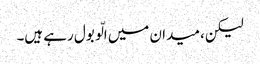
لیکن، میدان میں الّو بول رہے ہیں۔